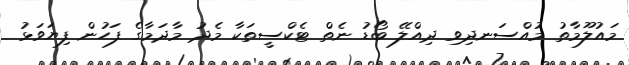
މައުލޫމާތު މުއްސަނދިވި ދިއްލޭ ބޯޑު ނެތް ޓެކްސީތަކާ މެދު މާދަމާގެ ފަހުން ފިޔަވަޅު